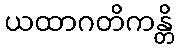
ယထာဂတိကန္တိ